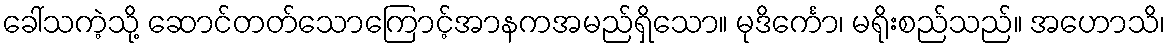
ခေါ်သကဲ့သို့ ဆောင်တတ်သောကြောင့်အာနကအမည်ရှိသော။ မုဒိင်္ကော၊ မရိုးစည်သည်။ အဟောသိ၊